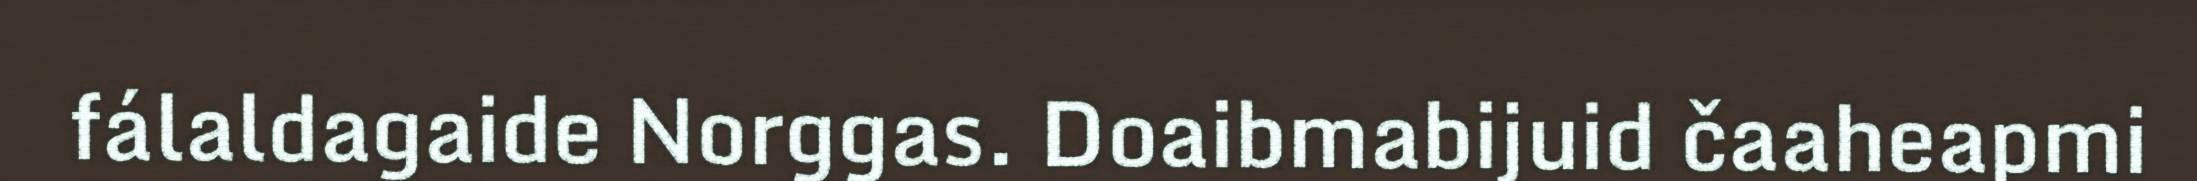
fálaldagaide Norggas. Doaibmabijuid čaaheapmi